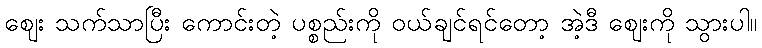
ဈေး သက်သာပြီး ကောင်းတဲ့ ပစ္စည်းကို ဝယ်ချင်ရင်တော့ အဲ့ဒီ ဈေးကို သွားပါ။